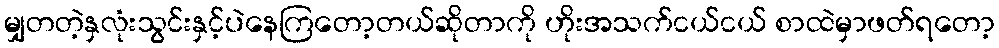
မျှတတဲ့နှလုံးသွင်းနှင့်ပဲနေကြတော့တယ်ဆိုတာကို ဟိုးအသက်ငယ်ငယ် စာထဲမှာဖတ်ရတော့